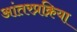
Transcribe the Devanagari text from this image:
आंतरप्रक्रिया